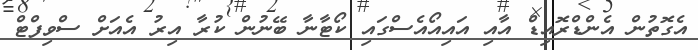
އެގޮތުން އެންޑްރޮއިޑް އާއި އައިއޯއެސްގައި ކޯޓާނާ ބޭނުން ކުރާ އިރު އެއަށް ސްވިފްޓް